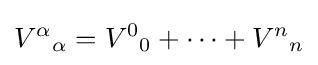
V^{\alpha }{}_{\alpha }=V^{0}{}_{0}+\cdots +V^{n}{}_{n}